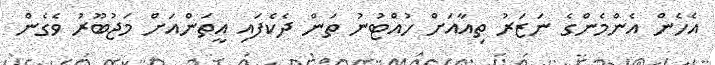
އެހެން އެންމެންގެ ނަޒަރު ތިއާއަށް ހުއްޓުނު ތަން ދެކެފައި އީތަންއަށް މަޖުބޫރު ވެގެން